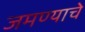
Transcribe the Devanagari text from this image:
जमण्याचे